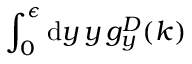
{ \int _ { 0 } ^ { \epsilon } \mathrm { d } y \, y \, g _ { y } ^ { D } ( k ) }